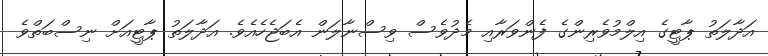
އަދާލަތު ޕާޓީގެ އިލްމުވެރިންގެ ފެންވަރާއި މެދުވެސް ވިސްނާލަން އެބަޖެހެއެވެ. އަދާލަތު ޕާޓީއަށް ނިސްބަތްވެ